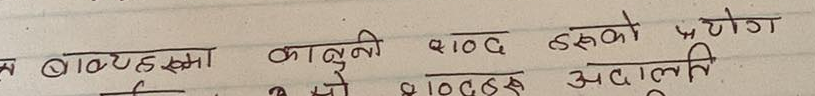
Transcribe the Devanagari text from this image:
बाध्यता कानुनी शब्द हरुको प्रयोग
सो शब्दहरु अदालत